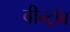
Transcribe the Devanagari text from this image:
वीन्ट्रॉब